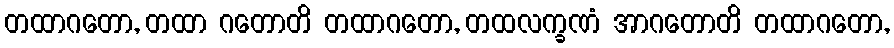
တထာဂတော, တထာ ဂတောတိ တထာဂတော, တထလက္ခဏံ အာဂတောတိ တထာဂတော,